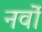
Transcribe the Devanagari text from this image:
नर्वो